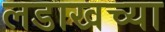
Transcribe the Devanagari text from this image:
लडाखच्या